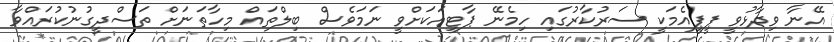
އޭނާ ވިދާޅުވީ ޕީޕީއެމަކީ ސަރުކާރުގައި ހިމެނޭ ޕާޓީއަކަށްވީ ނަމަވެސް ބިލްތައް މިހާތަނަށް ތަސްދީގުނުކުރައްވާ